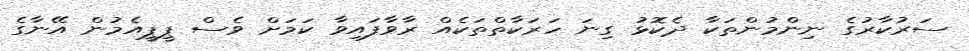
ސަރުކާރުގެ ނިންމުންތަކާ ދެކޮޅު ގިނަ ހަރަކާތްތަކެއް ރާވާފައިވާ ކަމަށް ވެސް ޕީޕީއެމުން އޭނާގެ